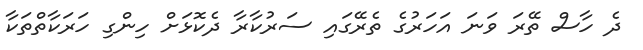
ދެ ހާސް ތޭރަ ވަނަ އަހަރުގެ ތެރޭގައި ސަރުކާރާ ދެކޮޅަށް ހިންގި ހަރަކާތްތަކާ